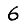
Digit: 6